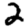
Digit: 2